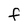
Character: f